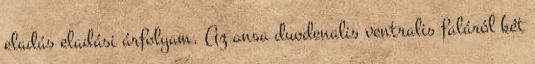
eladás eladási árfolyam. Az ansa duodenalis ventralis faláról két